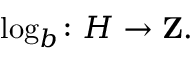
\log _ { b } \colon H \rightarrow \mathbf { Z } .